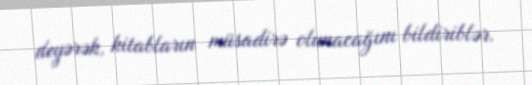
deyərək, kitabların müsadirə olunacağını bildiriblər.